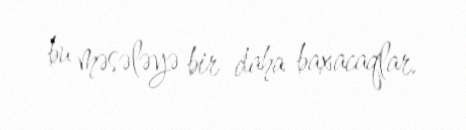
bu məsələyə bir daha baxacaqlar.